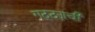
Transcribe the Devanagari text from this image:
गठ्ठ्याची